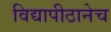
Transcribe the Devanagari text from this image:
विद्यापीठानेच